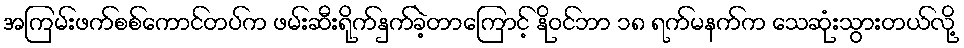
အကြမ်းဖက်စစ်ကောင်တပ်က ဖမ်းဆီးရိုက်နှက်ခဲ့တာကြောင့် နိုဝင်ဘာ ၁၈ ရက်မနက်က သေဆုံးသွားတယ်လို့